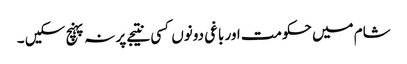
شام میں حکومت اور باغی دونوں کسی نتیجے پر نہ پہنچ سکیں ۔